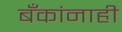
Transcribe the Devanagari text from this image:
बँकांनाही